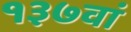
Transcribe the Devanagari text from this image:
१३७वां